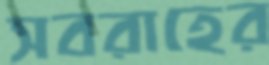
সবরাহের